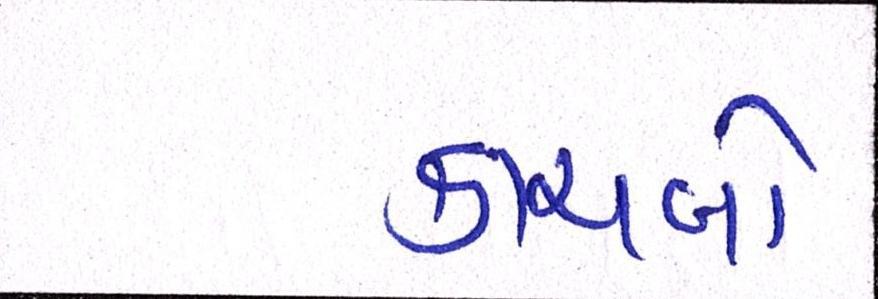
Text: કાચબો